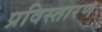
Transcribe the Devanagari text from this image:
प्रविस्तारण